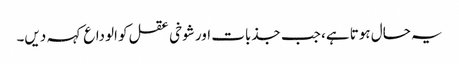
یہ حال ہوتا ہے، جب جذبات اور شوخی عقل کو الوداع کہہ دیں۔